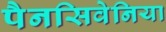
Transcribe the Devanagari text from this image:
पैनसिवेनिया